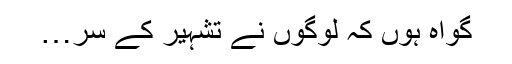
گواہ ہوں کہ لوگوں نے تشہیر کے سر…